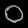
Digit: ၀